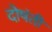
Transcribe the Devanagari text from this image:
दोषंती